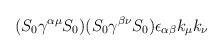
LaTeX: \begin{align*}(S_0 \gamma^{\alpha\mu}S_0)(S_0 \gamma^{\beta\nu}S_0)\epsilon_{\alpha\beta}k_\mu k_\nu\end{align*}